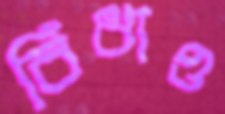
বিঁধাও